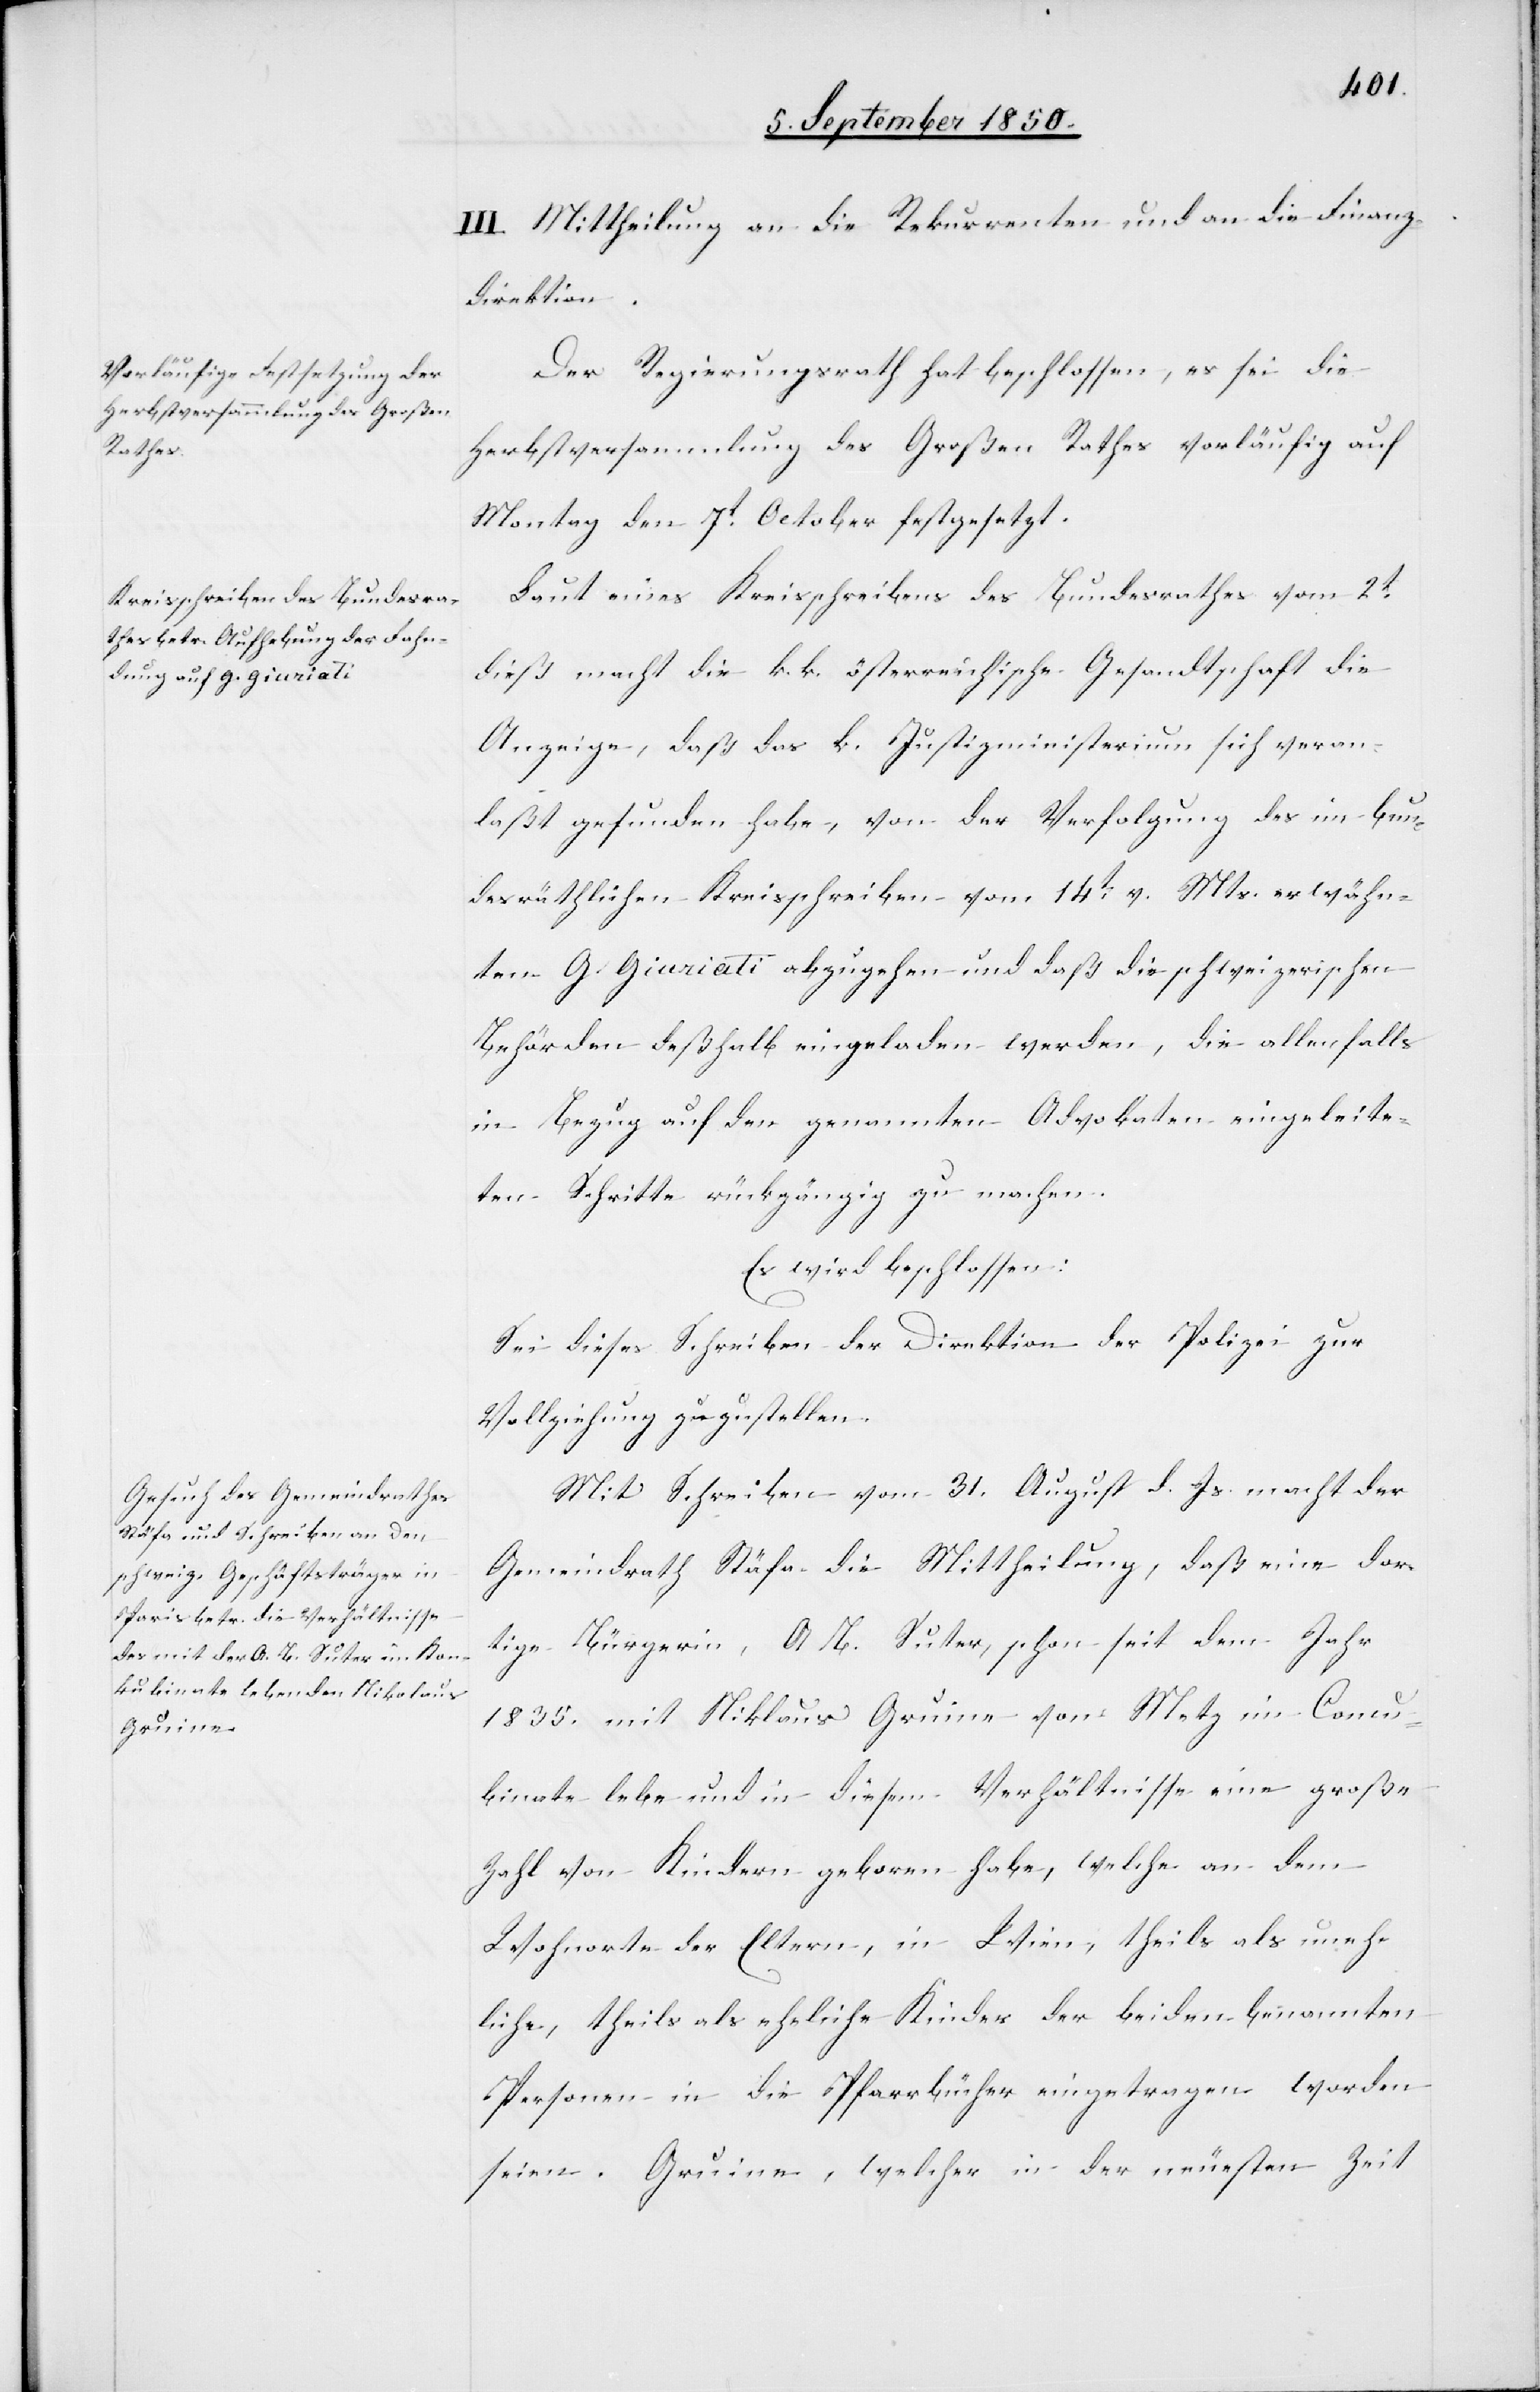
III. Mittheilung an die Rekurrenten und an die Finanz¬
direktion.
Der Regierungsrath hat beschlossen, es sei die
Herbstversammlung des Großen Rathes vorläufig auf
Montag den 7t October festgesetzt.
Laut eines Kreisschreibens des Bundesrathes vom 2t
dieß macht die k. k. österreichische Gesandtschaft die
Anzeige, daß das k. Justizministerium sich veran¬
laßt gefunden habe, von der Verfolgung des in bun¬
desräthlichen Kreisschreiben vom 14t v. Mts. erwähn¬
ten G. Giariati abzugehen und daß die schweizerischen
Behörden deßhalb eingeladen werde, die allenfalls
in Bezug auf den genannten Advokaten eingeleite¬
ten Schritte rückgängig zu machen.
Es wird beschlossen:
Sei dieses Schreiben der Direktion der Polizei zur
Vollziehung zuzustellen.
Mit Schreiben vom 31. August d. Js. macht der
Gemeindrath Stäfa die Mittheilung, daß eine dor¬
tige Bürgerin, A B. Suter, schon seit dem Jahr
1835. mit Niklaus [sic!] Gruine von Metz im Concu¬
binate lebe und in diesem Verhältnisse eine große
Zahl von Kindern geboren habe, welche an dem
Wohnorte der Eltern, in Wien, theils als uneh¬
liche, theils als eheliche Kinder der beiden benannten
Personen in die Pfarrbücher eingetragen worden
seien. Gruine, welcher in der neuesten Zeit